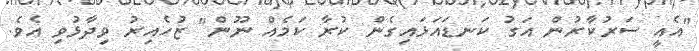
"އެއީ ސަރުކާރުން އަގު ކަނޑައަޅައިގެން ކުރާ ކަމެއް ނޫން" ޒުހެއިރު ވިދާޅުވި އެވެ.